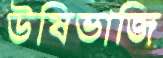
উষিভাজি